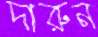
দারুন